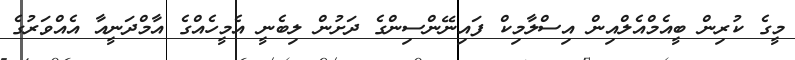
މީގެ ކުރިން ބީއެމްއެލްއިން އިސްލާމިކް ފައިނޭންސިންގެ ދަށުން ލިބެނީ އެމީހެއްގެ އާމްދަނީއާ އެއްވަރުގެ